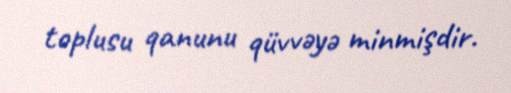
toplusu qanunu qüvvəyə minmişdir.